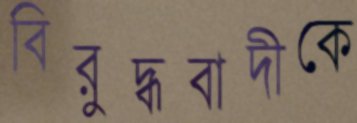
বিরুদ্ধবাদীকে